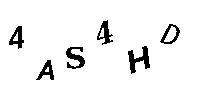
4AS4HD